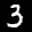
Label: 3